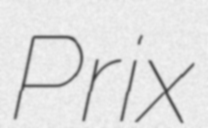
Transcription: Prix